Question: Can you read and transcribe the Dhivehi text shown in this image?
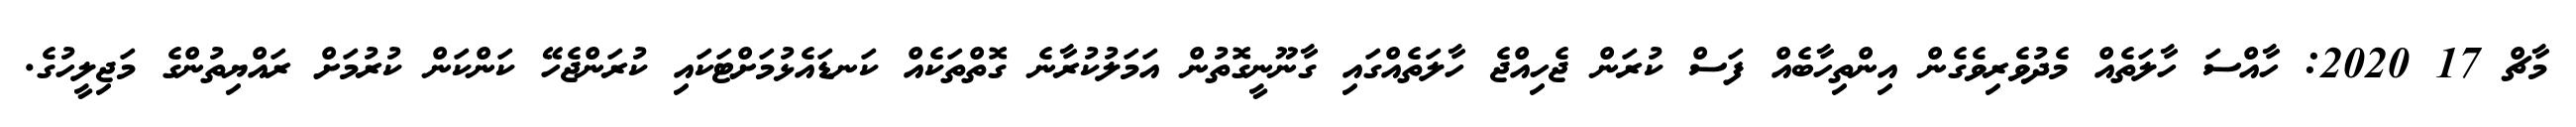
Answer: މާޗް 17 2020: ހާއްސަ ހާލަތެއް މެދުވެރިވެގެން އިންތިހާބެއް ފަސް ކުރަން ޖެހިއްޖެ ހާލަތެއްގައި ގާނޫނީގޮތުން އަމަލުކުރާނެ ގޮތްތަކެއް ކަނޑައެޅުމަށްޓަކައި ކުރަންޖެހޭ ކަންކަން ކުރުމަށް ރައްޔިތުންގެ މަޖިލީހުގެ.